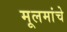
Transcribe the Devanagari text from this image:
मूलमांचे